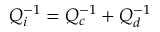
Q _ { i } ^ { - 1 } = Q _ { c } ^ { - 1 } + Q _ { d } ^ { - 1 }